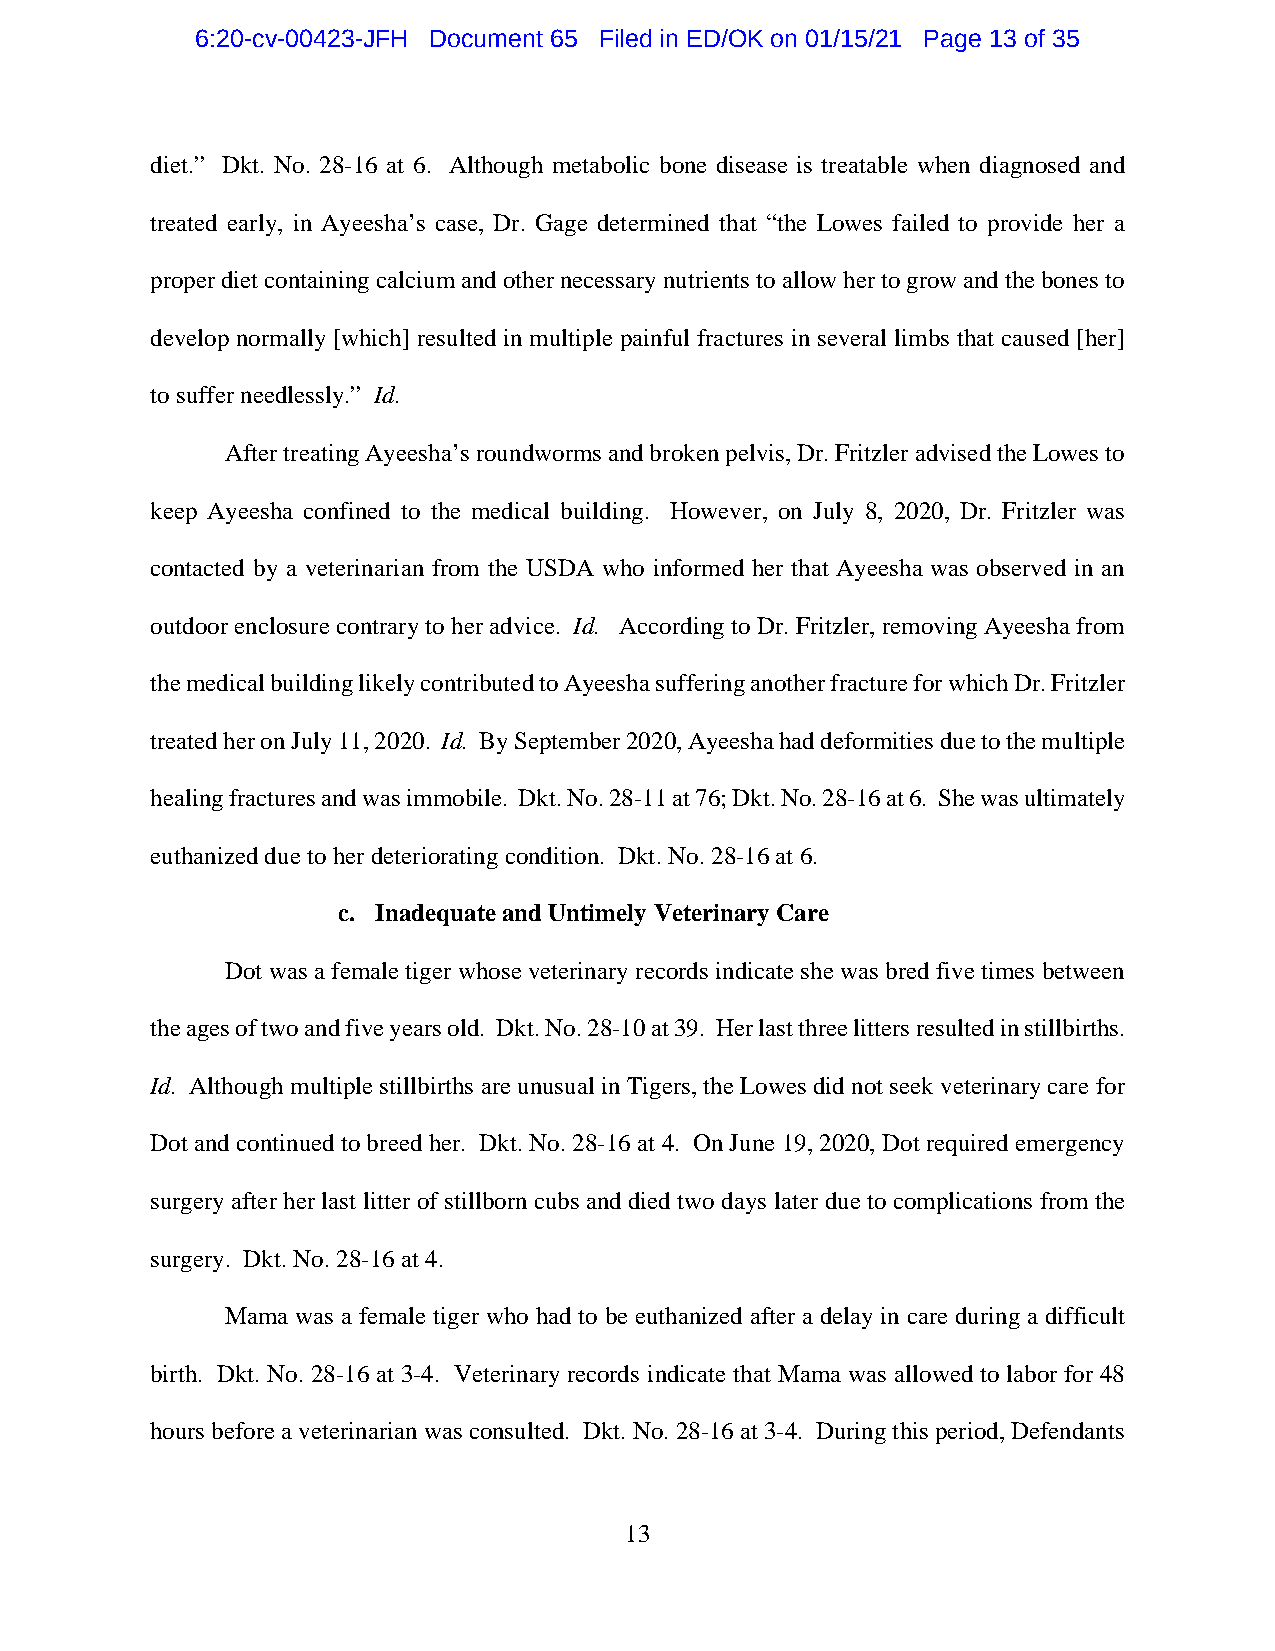
6:20-cv-00423-JFH Document 65 Filed in ED/OK on 01/15/21 Page 13 of 35
 diet.” Dkt. No. 28-16 at 6. Although metabolic bone disease is treatable when diagnosed and
 treated early, in Ayeesha’s case, Dr. Gage determined that “the Lowes failed to provide her a
 proper diet containing calcium and other necessary nutrients to allow her to grow and the bones to
 develop normally [which] resulted in multiple painful fractures in several limbs that caused [her]
 to suffer needlessly.” Id.
 After treating Ayeesha’s roundworms and broken pelvis, Dr. Fritzler advised the Lowes to
 keep Ayeesha confined to the medical building. However, on July 8, 2020, Dr. Fritzler was
 contacted by a veterinarian from the USDA who informed her that Ayeesha was observed in an
 outdoor enclosure contrary to her advice. Id. According to Dr. Fritzler, removing Ayeesha from
 the medical building likely contributed to Ayeesha suffering another fracture for which Dr. Fritzler
 treated her on July 11, 2020. Id. By September 2020, Ayeesha had deformities due to the multiple
 healing fractures and was immobile. Dkt. No. 28-11 at 76; Dkt. No. 28-16 at 6. She was ultimately
 euthanized due to her deteriorating condition. Dkt. No. 28-16 at 6.
 c. Inadequate and Untimely Veterinary Care
 Dot was a female tiger whose veterinary records indicate she was bred five times between
 the ages of two and five years old. Dkt. No. 28-10 at 39. Her last three litters resulted in stillbirths.
 Id. Although multiple stillbirths are unusual in Tigers, the Lowes did not seek veterinary care for
 Dot and continued to breed her. Dkt. No. 28-16 at 4. On June 19, 2020, Dot required emergency
 surgery after her last litter of stillborn cubs and died two days later due to complications from the
 surgery. Dkt. No. 28-16 at 4.
 Mama was a female tiger who had to be euthanized after a delay in care during a difficult
 birth. Dkt. No. 28-16 at 3-4. Veterinary records indicate that Mama was allowed to labor for 48
 hours before a veterinarian was consulted. Dkt. No. 28-16 at 3-4. During this period, Defendants
 13